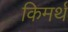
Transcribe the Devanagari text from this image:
किमर्थ